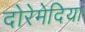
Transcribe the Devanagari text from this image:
दोरेमेदिया